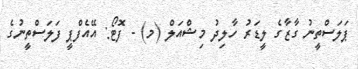
ޕަލަސްތީނު ގާޒާގެ ލީޑަރު ހާލިދު މިޝްއަލް (މ) - ފޮޓޯ: އޭއެފްޕީ ފަލަސްތީނުގެ